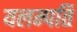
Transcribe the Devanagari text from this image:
यलम्पति